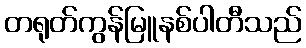
တရုတ်ကွန်မြူနစ်ပါတီသည်